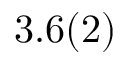
3 . 6 ( 2 )